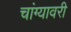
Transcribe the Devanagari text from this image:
चांग्यावरी